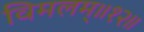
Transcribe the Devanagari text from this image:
विमलम्॥१२॥